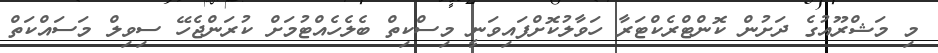
މި މަޝްރޫއުގެ ދަށުން ކޮންޓްރެކްޓަރާ ހަވާލުކޮށްފައިވަނީ މިސްކިތް ބެލެހެއްޓުމަށް ކުރަންޖެހޭ ސިވިލް މަސައްކަތް